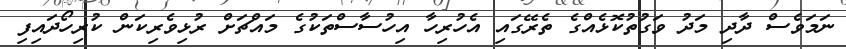
ނަމަވެސް ދާދި މަދު ވަގުތުކޮޅެއްގެ ތެރޭގައި އެހުރިހާ އިހުސާސްތަކުގެ މައްޗަށް ރުޅިވެރިކަން ކުރިހޯދައިފި